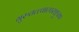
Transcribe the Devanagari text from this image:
गुरुतत्त्वात्पराङ्मुखाः